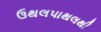
ઉથલપાથલથી